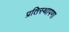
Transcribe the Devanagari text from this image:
प्रतिस्थापणा